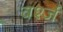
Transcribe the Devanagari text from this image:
वर्श्ज